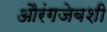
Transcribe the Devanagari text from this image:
औरंगजेबशी